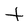
Character: t